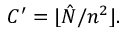
C ^ { \prime } = \lfloor \hat { N } / n ^ { 2 } \rfloor .